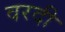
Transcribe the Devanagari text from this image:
वरदी